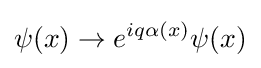
\psi (x)\rightarrow e^{iq\alpha (x)}\psi (x)